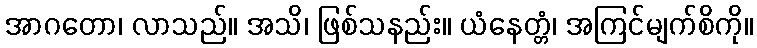
အာဂတော၊ လာသည်။ အသိ၊ ဖြစ်သနည်း။ ယံနေတ္တံ၊ အကြင်မျက်စိကို။